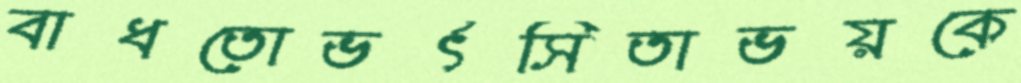
বাধতোভর্ৎসিতাভয়কে